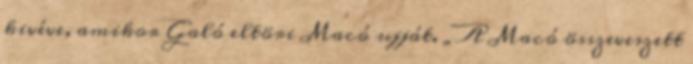
kivéve, amikor Galó eltöri Macó ujját. „A Macó összeveszett